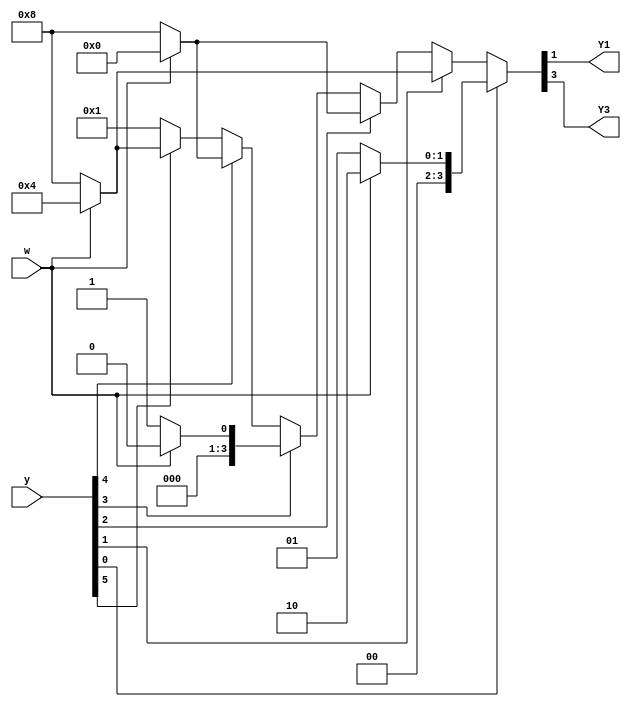
module top_module (
    input [5:0] y,
    input w,
    output Y1,
    output Y3
);
    parameter OneHotBitA = 0,
              OneHotBitB = 1,
              OneHotBitC = 2,
              OneHotBitD = 3,
              OneHotBitE = 4,
              OneHotBitF = 5;

    parameter A = 1 << OneHotBitA,
              B = 1 << OneHotBitB,
              C = 1 << OneHotBitC,
              D = 1 << OneHotBitD,
              E = 1 << OneHotBitE,
              F = 1 << OneHotBitF;

    reg [5:0] state, next_state;

    assign Y1 = next_state[OneHotBitB];
    assign Y3 = next_state[OneHotBitD];
    assign state = y;
    
    always @(*) begin
        if (state[OneHotBitA]) begin
            next_state = w ? B : A;
        end
        else if (state[OneHotBitB]) begin
            next_state = w ? C : D;
        end
        else if (state[OneHotBitC]) begin
            next_state = w ? E : D;
        end
        else if (state[OneHotBitD]) begin
            next_state = w ? F : A;
        end
        else if (state[OneHotBitE]) begin
            next_state = w ? E : D;
        end
        else if (state[OneHotBitF]) begin
            next_state = w ? C : D;
        end
        else begin
            next_state = A;
        end
    end

endmodule